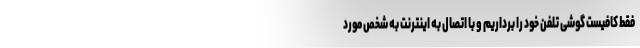
فقط کافیست گوشی تلفن خود را برداریم و با اتصال به اینترنت به شخص مورد